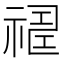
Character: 𥛈